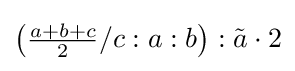
\left({\tfrac {a+b+c}{2}}/c:a:b\right):{\tilde {a}}\cdot 2